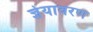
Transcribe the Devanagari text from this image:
ज्ञेयावरण